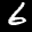
Label: 6